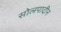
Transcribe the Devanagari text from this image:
सोलपादीन